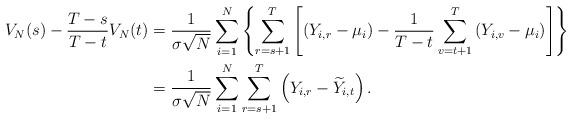
LaTeX: \begin{align*}V_{N}(s)-\frac{T-s}{T-t}V_{N}(t)&=\frac{1}{\sigma\sqrt{N}}\sum_{i=1}^N\left\{\sum_{r=s+1}^T\left[\left(Y_{i,r}-\mu_i\right)-\frac{1}{T-t}\sum_{v=t+1}^T \left(Y_{i,v}-\mu_i\right)\right]\right\}\\&=\frac{1}{\sigma\sqrt{N}}\sum_{i=1}^N\sum_{r=s+1}^T\left(Y_{i,r}-\widetilde{Y}_{i,t}\right).\end{align*}